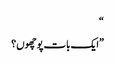
“
”ایک بات پوچھوں؟